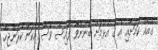
ގެއެއް ކަަމަށާއި އެ ގެ އެޅުމަށް ބޭނުންވާ ފައިސާ ވެސް އެކަން ކުރަންޖެހޭ